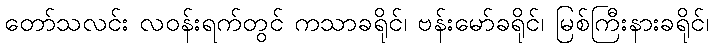
တော်သလင်း လဝန်းရက်တွင် ကသာခရိုင်၊ ဗန်းမော်ခရိုင်၊ မြစ်ကြီးနားခရိုင်၊